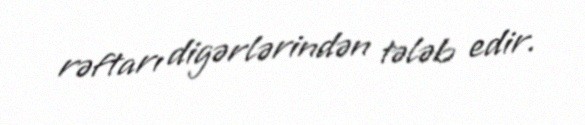
rəftarı digərlərindən tələb edir.